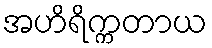
အဟိရိက္ကတာယ